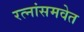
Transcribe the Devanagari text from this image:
रत्नांसमवेत